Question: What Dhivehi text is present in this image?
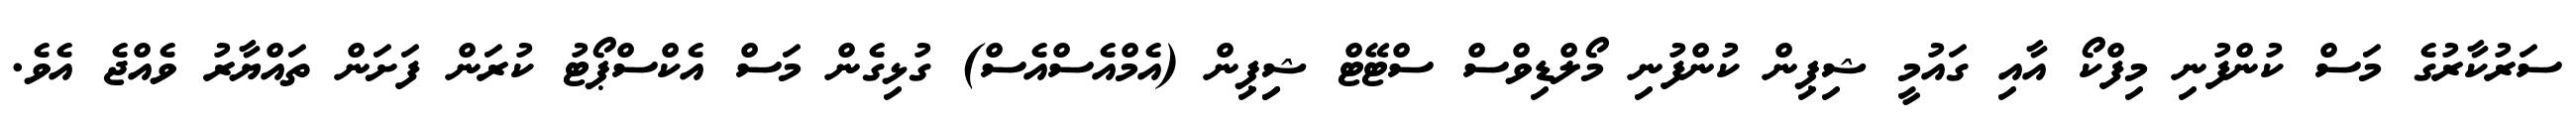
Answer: ސަރުކާރުގެ މަސް ކުންފުނި މިފްކޯ އާއި ގައުމީ ޝިޕިން ކުންފުނި މޯލްޑިވްސް ސްޓޭޓް ޝިިޕިން (އެމްއެސްއެސް) ގުޅިގެން މަސް އެކްސްޕޯޓު ކުރަން ފަށަން ތައްޔާރު ވެއްޖެ އެވެ.